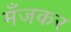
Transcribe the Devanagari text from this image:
मँजकर